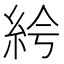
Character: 𥿐